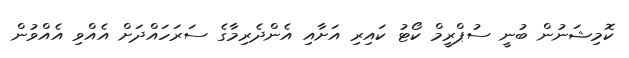
ކޮމިޝަނުން ބުނީ ސުޕްރީމް ކޯޓު ކައިރި އަށާއި އެންދެރިމާގެ ސަރަހައްދަށް އެއްވި އެއްވުން